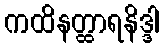
ကထိနတ္ထာရနိဒ္ဒါ